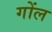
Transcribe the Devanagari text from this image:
गोंल